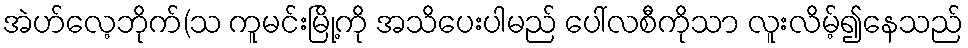
အဲဟ်လေ့ဘိုက်(သ ကူမင်းမြို့ကို အသိပေးပါမည် ပေါ်လစီကိုသာ လူးလိမ့်၍နေသည်